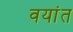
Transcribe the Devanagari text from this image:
वयांत